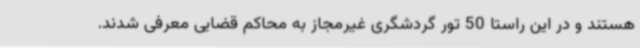
هستند و در این راستا 50 تور گردشگری غیرمجاز به محاکم قضایی معرفی شدند.